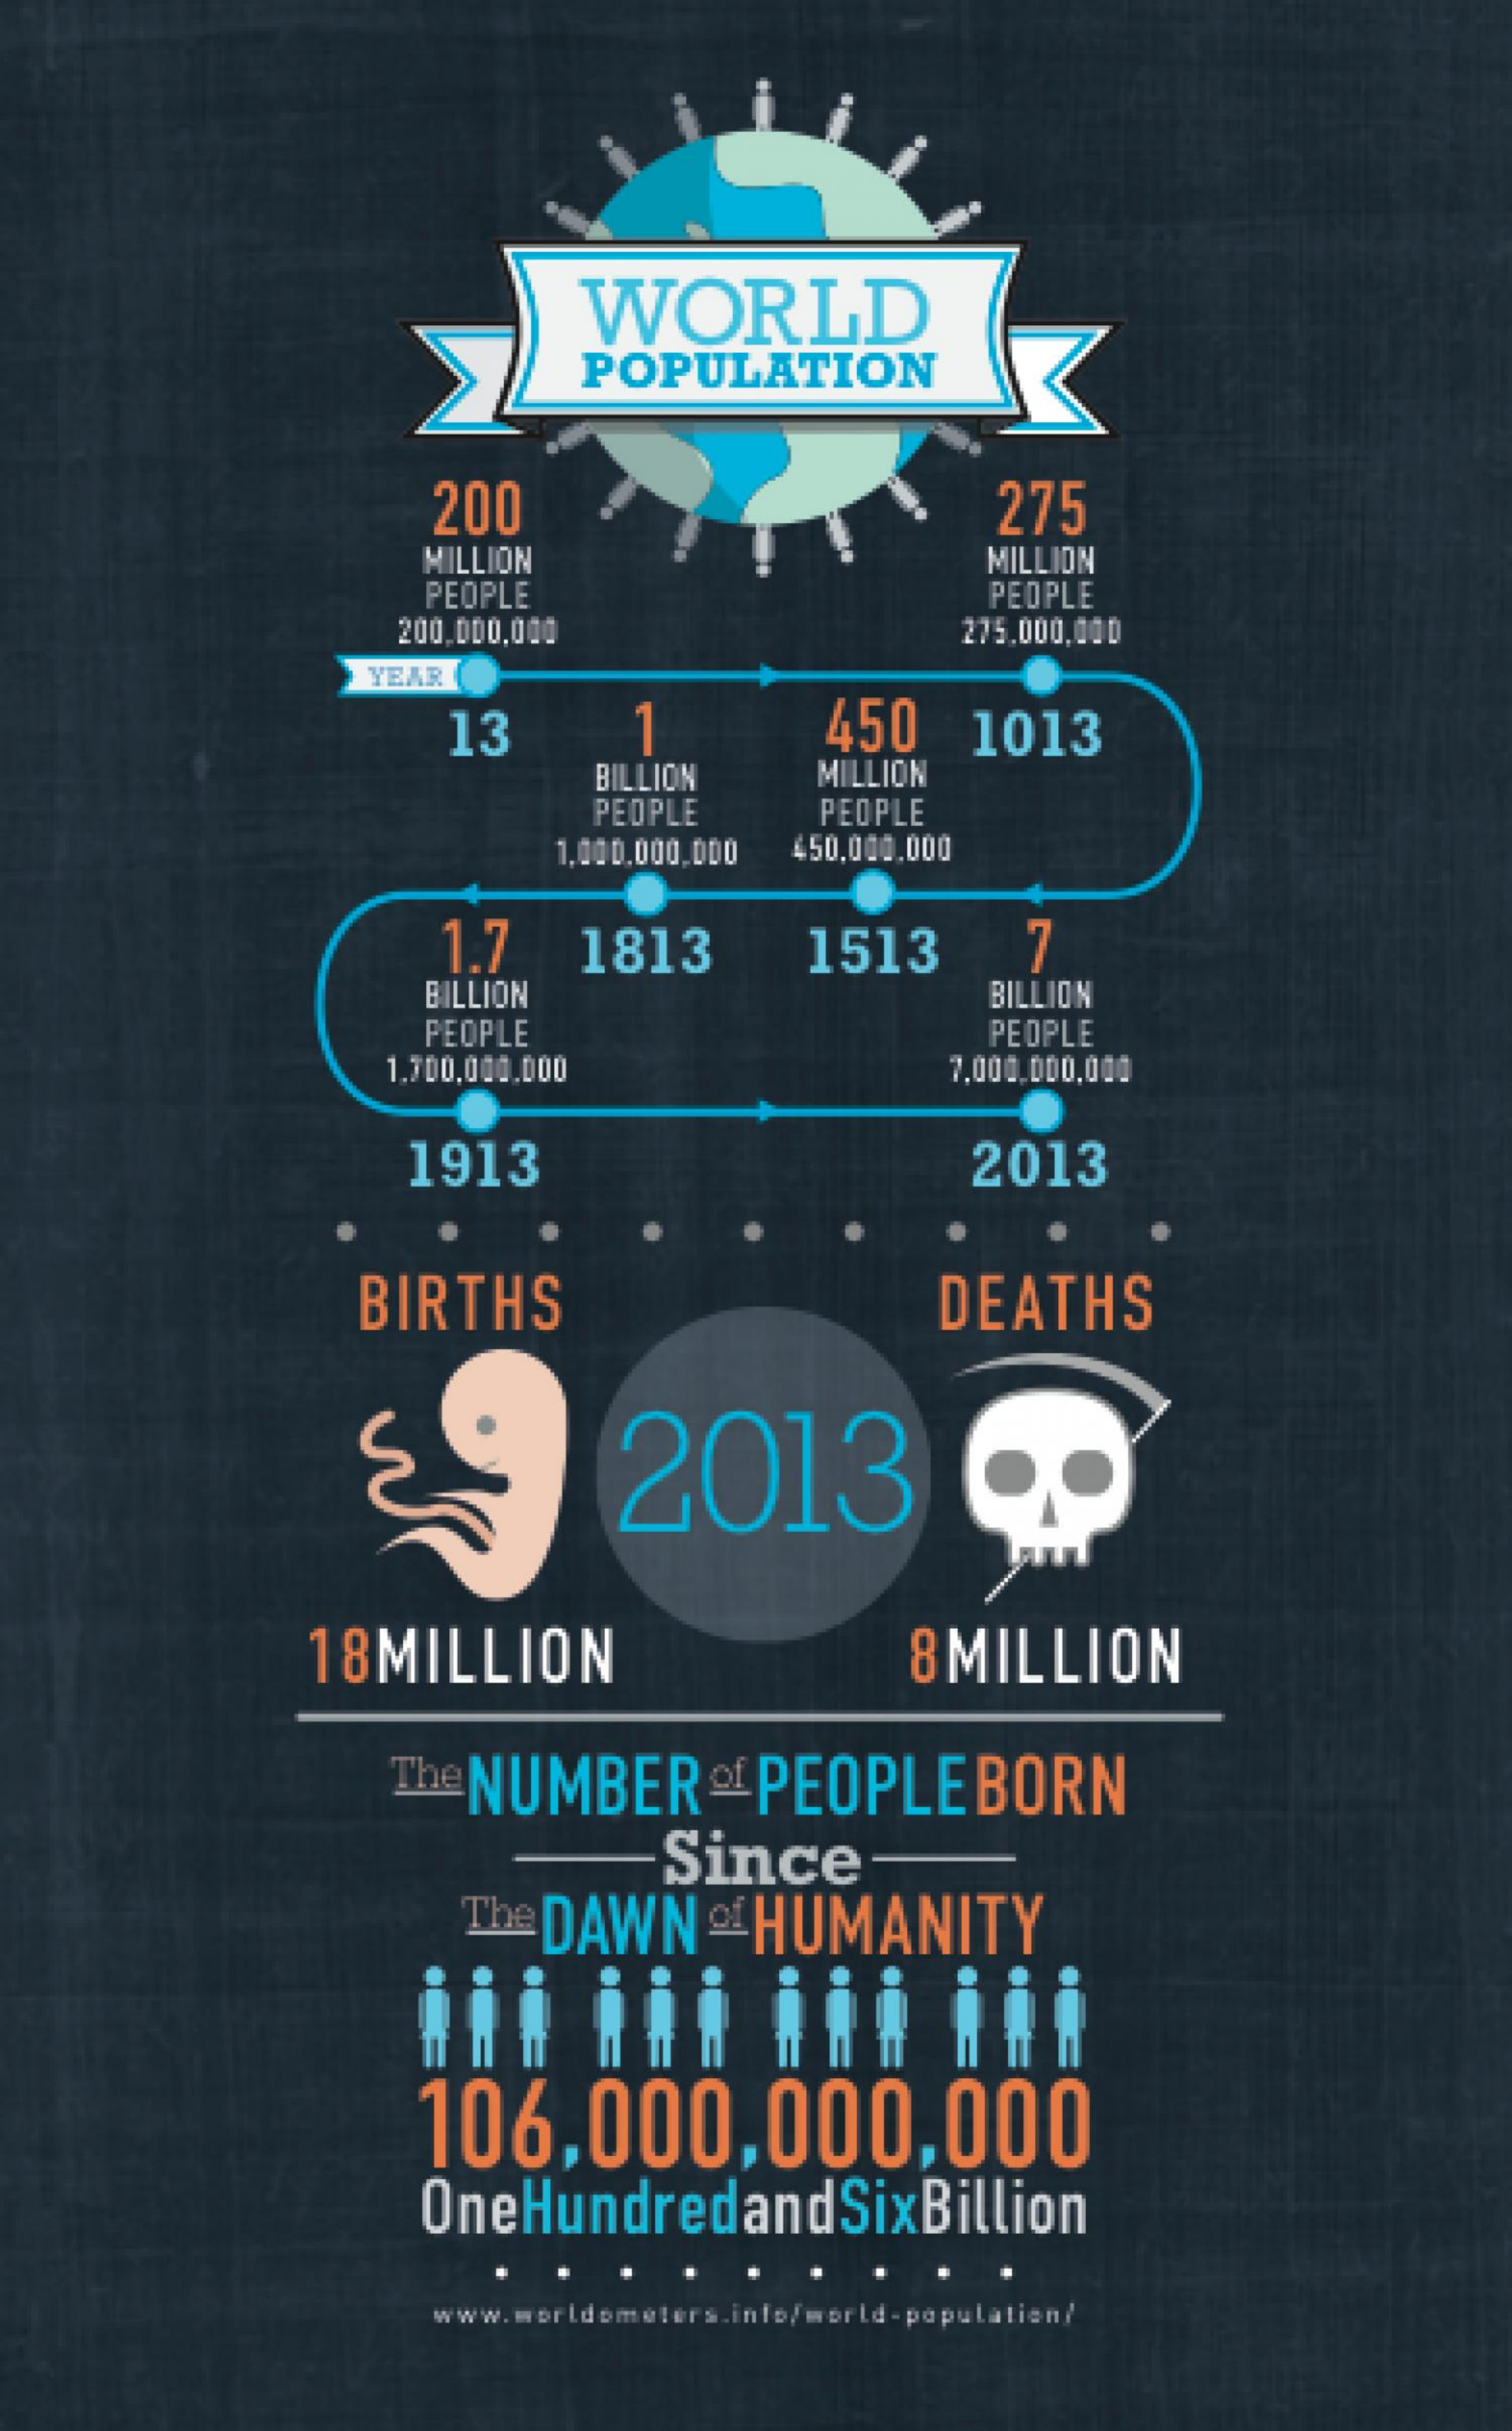
WORLD
     POPULATION
     200    275
     MILLION
     PEOPLE
     MILLION
     PEOPLE
     200.000,000    275.000.000
     YEAR
     13    1    450    1013
     BILLION    MILLION
     PEOPLE    PEOPLE
     1,000.000.000 450,000.000
     1.7    1813    1513    7
     BILLION    BILLION
     PEOPLE
     1.700.000.000
     PEOPLE
     7.000.000.000
     1913    2013
     BIRTHS    DEATHS
     2013
     18MILLION    8 MILLION
     The NUMBER    of PEOPLEBORN
     Since
     DAWN    HUMANITY
     106.000,000,000
     OneHundredandSixBillion
     www.worldometers.info/world- population/